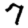
Digit: 7